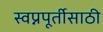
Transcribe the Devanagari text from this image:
स्वप्नपूर्तीसाठी